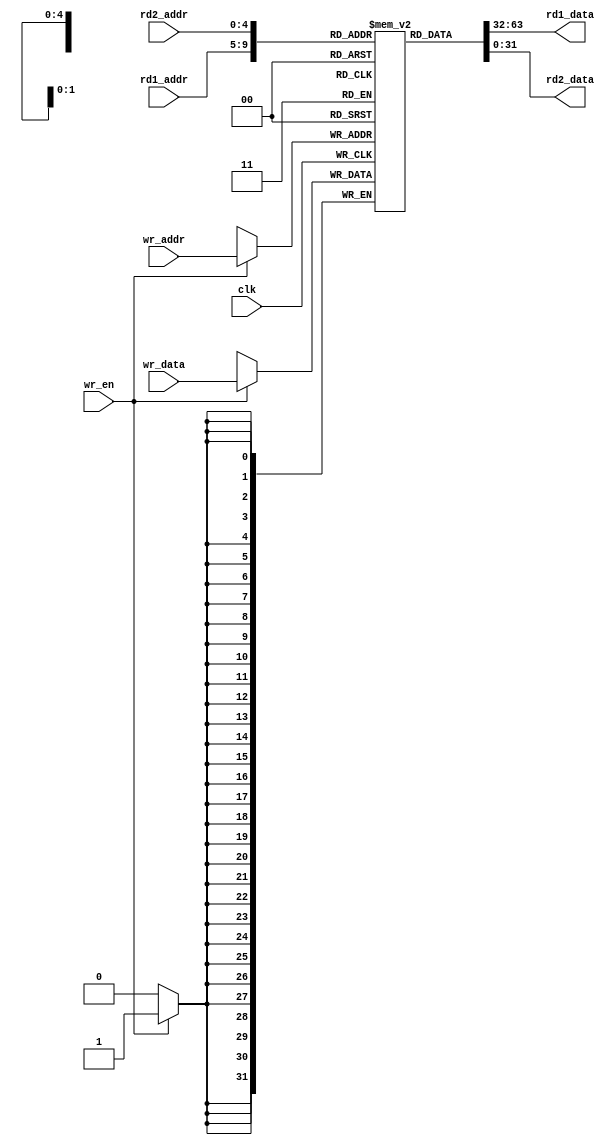
/*
  MIPS SINGLE CYCLE CPU IMPLEMENTED BY :   
  ARDESHIR  ALIREZA 
  92213118  92213034
*/
module Register_File (
	input clk,
	
	input [4:0] rd1_addr,
	output [31:0] rd1_data,
	
	input [4:0] rd2_addr,	
	output [31:0] rd2_data,	
	
	input wr_en, 
	input [4:0] wr_addr,
	input [31:0] wr_data 	
);

// Write your code here. You can modify all of the codes	
	
  reg [31:0] registers [0:31];
  assign rd1_data = registers[rd1_addr];
	assign rd2_data = registers[rd2_addr];
	
	always @(posedge clk) 
	 begin
	  if (wr_en) 
      registers[wr_addr] <= wr_data; 
 end
	
endmodule